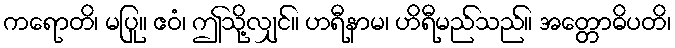
ကရောတိ၊ မပြု။ ဧဝံ၊ ဤသို့လျှင်။ ဟရီနာမ၊ ဟိရီမည်သည်။ အတ္တောဓိပတိ၊